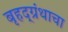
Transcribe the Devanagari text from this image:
बृहद्‌ग्रंथाचा